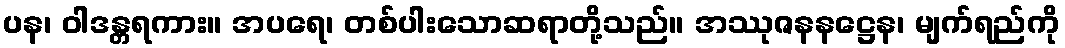
ပန၊ ဝါဒန္တရကား။ အပရေ၊ တစ်ပါးသောဆရာတို့သည်။ အဿုဇနနဋ္ဌေန၊ မျက်ရည်ကို